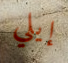
إيلي